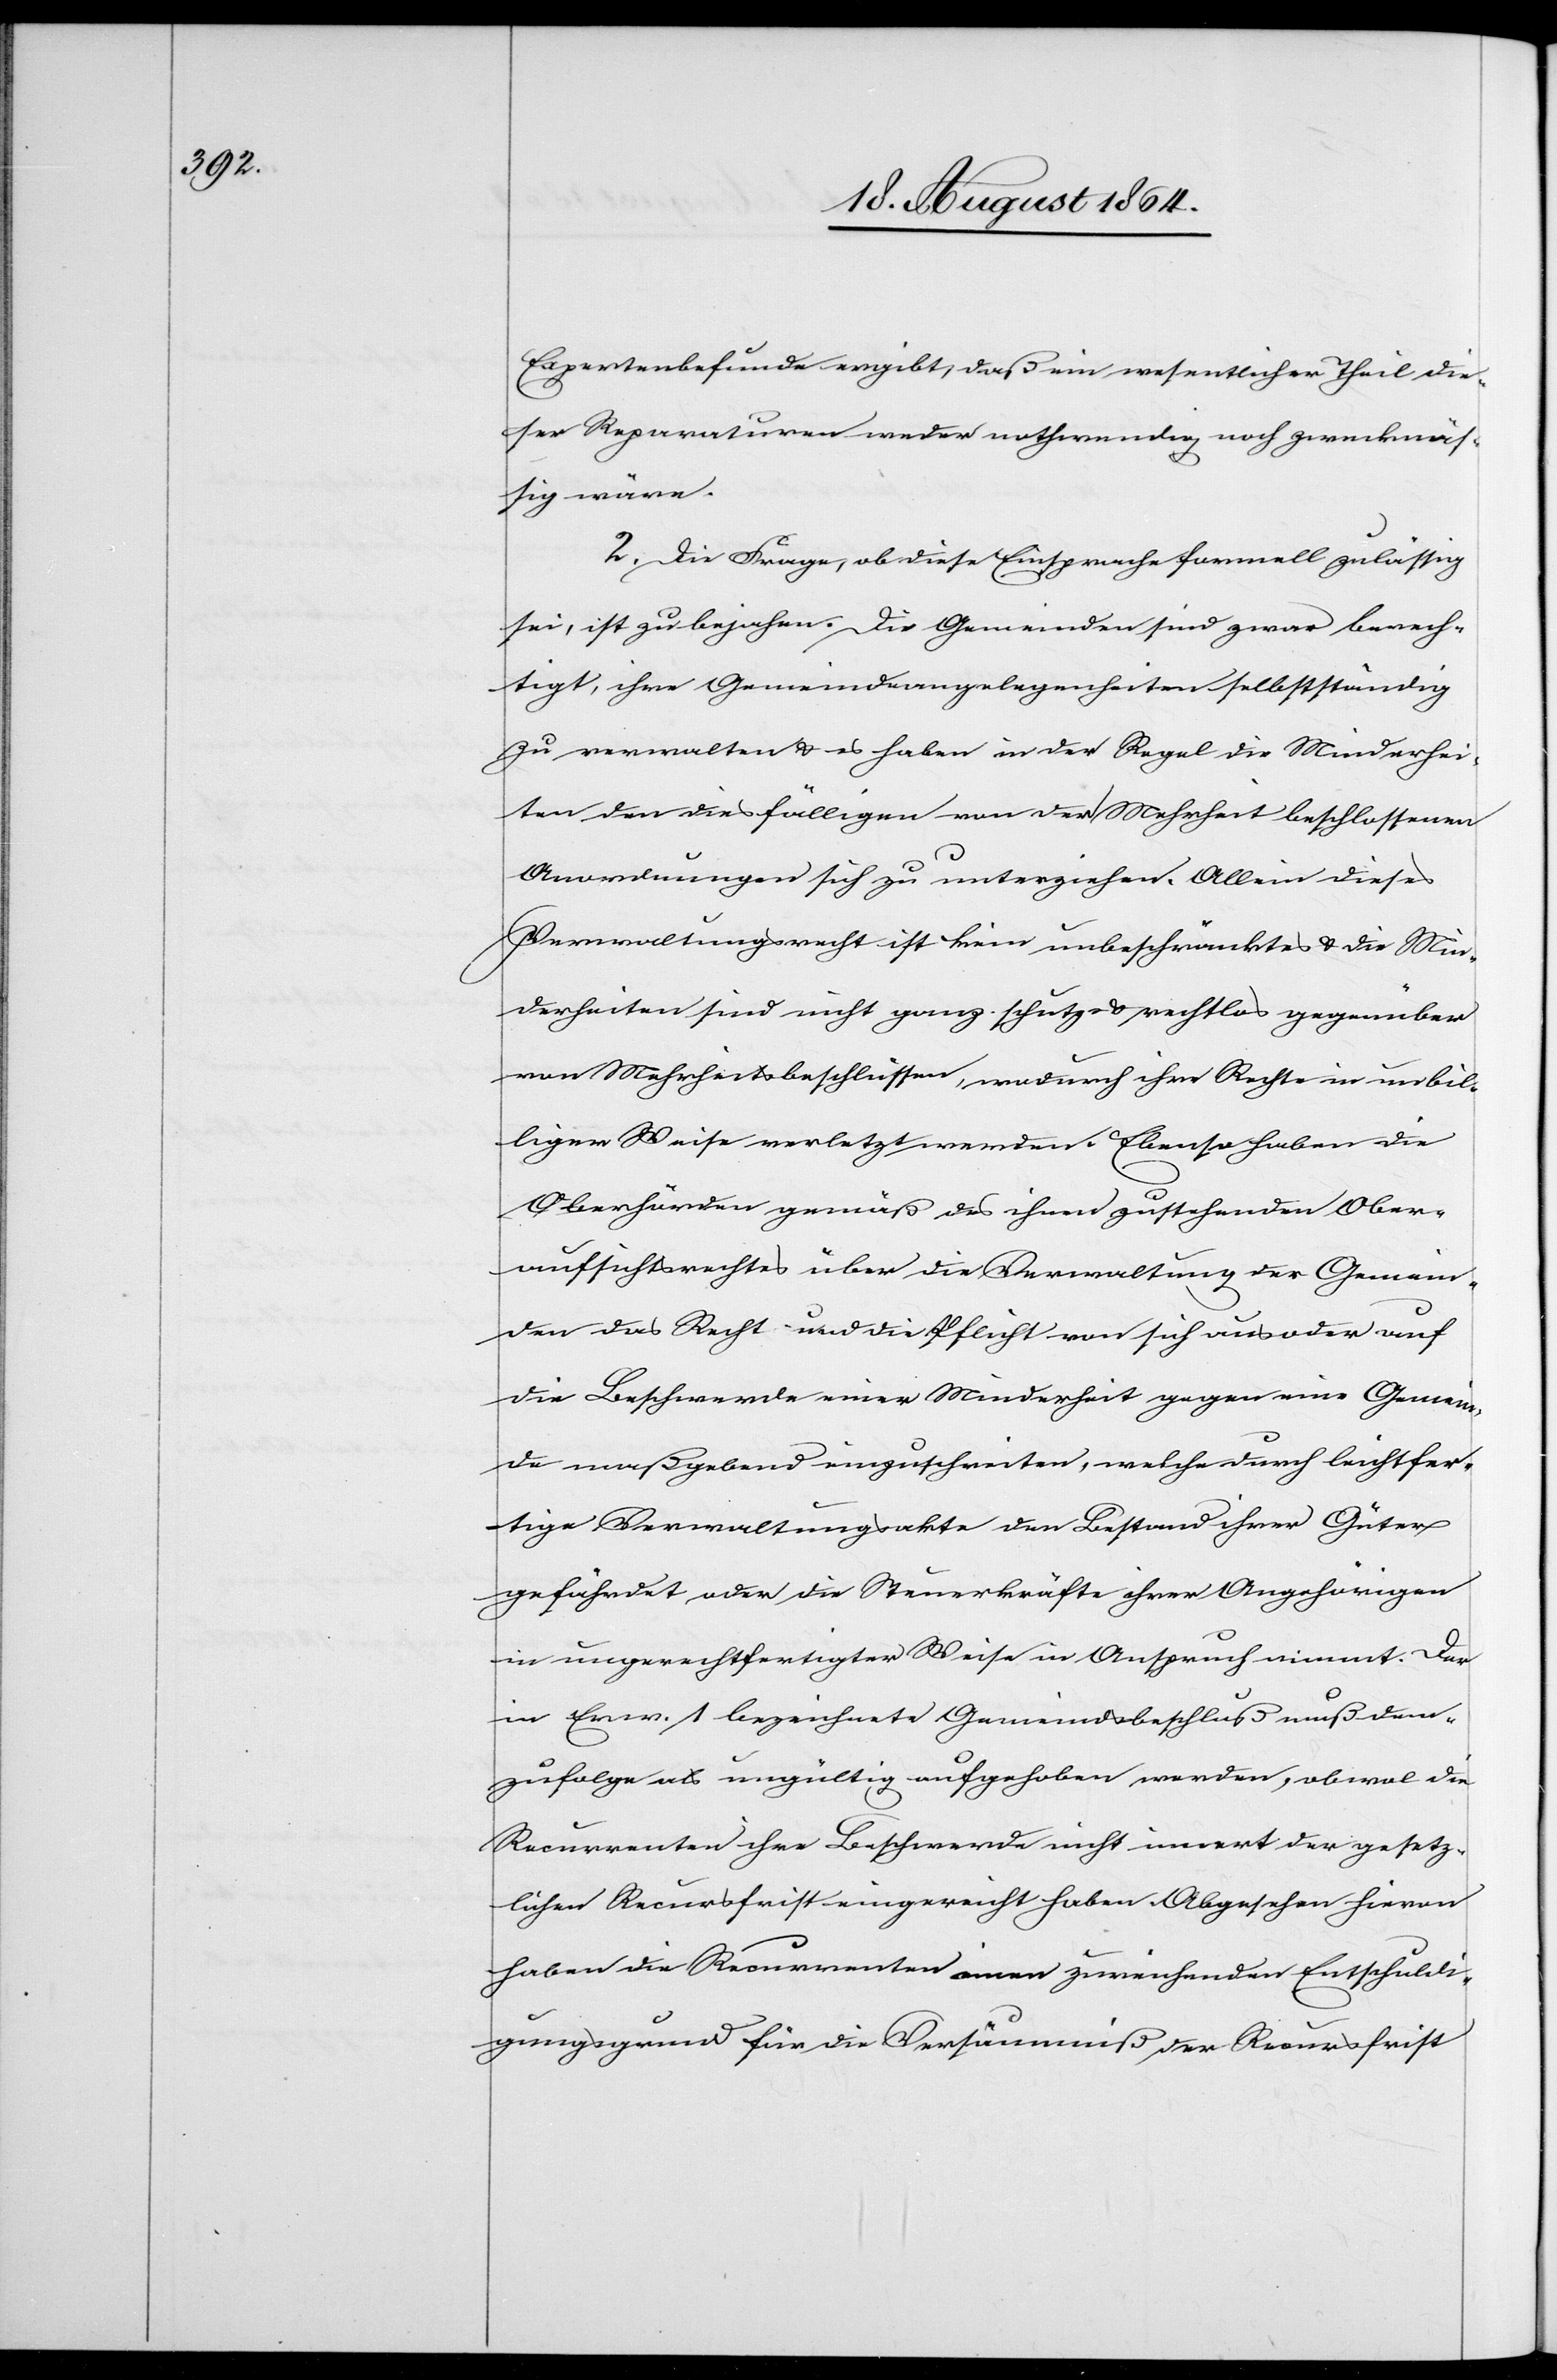
Expertenbefunde ergibt, daß ein wesentlicher Theil die¬
ser Reparaturen weder nothwendig noch zweckmäs¬
sig wäre.
2. Die Frage, ob diese Einsprache formell zulässig
sei, ist zu bejahen. Die Gemeinden sind zwar berech¬
tigt, ihre Gemeindeangelegenheiten selbständig
zu verwalten & es haben in der Regel die Minderhei¬
ten den diesfälligen von der Mehrheit beschlossenen
Anordnungen sich zu unterziehen. Allein dieses
Verwaltungsrecht ist kein unbeschränktes & die Min¬
derheiten sind nicht ganz schutz- & rechtlos gegenüber
von Mehrheitsbeschlüssen, wodurch ihre Rechte in unbil¬
liger Weise verletzt werden. Ebenso haben die
Ober[be]hörden gemäß des ihnen zustehenden Ober¬
aufsichtsrechtes über die Verwaltung der Gemein¬
den das Recht und die Pflicht von sich aus oder auf
die Beschwerde einer Minderheit gegen eine Gemein¬
de maßgebend einzuschreiten, welche durch leichtfer¬
tige Verwaltungsakte den Bestand ihrer Güter
gefährdet oder die Steuerkräfte ihrer Angehörigen
in ungerechtfertigter Weise in Anspruch nimmt. Der
in Erw. 1 bezeichnete Gemeindsbeschluß muß dem¬
zufolge als ungültig aufgehoben werden, obwol die
Recurrenten ihre Beschwerde nicht innert der gesetz¬
lichen Recursfrist eingereicht haben. Abgesehen hievon
haben die Recurrenten einen zureichenden Entschuldi¬
gungsgrund für die Versäumniß der Recursfrist